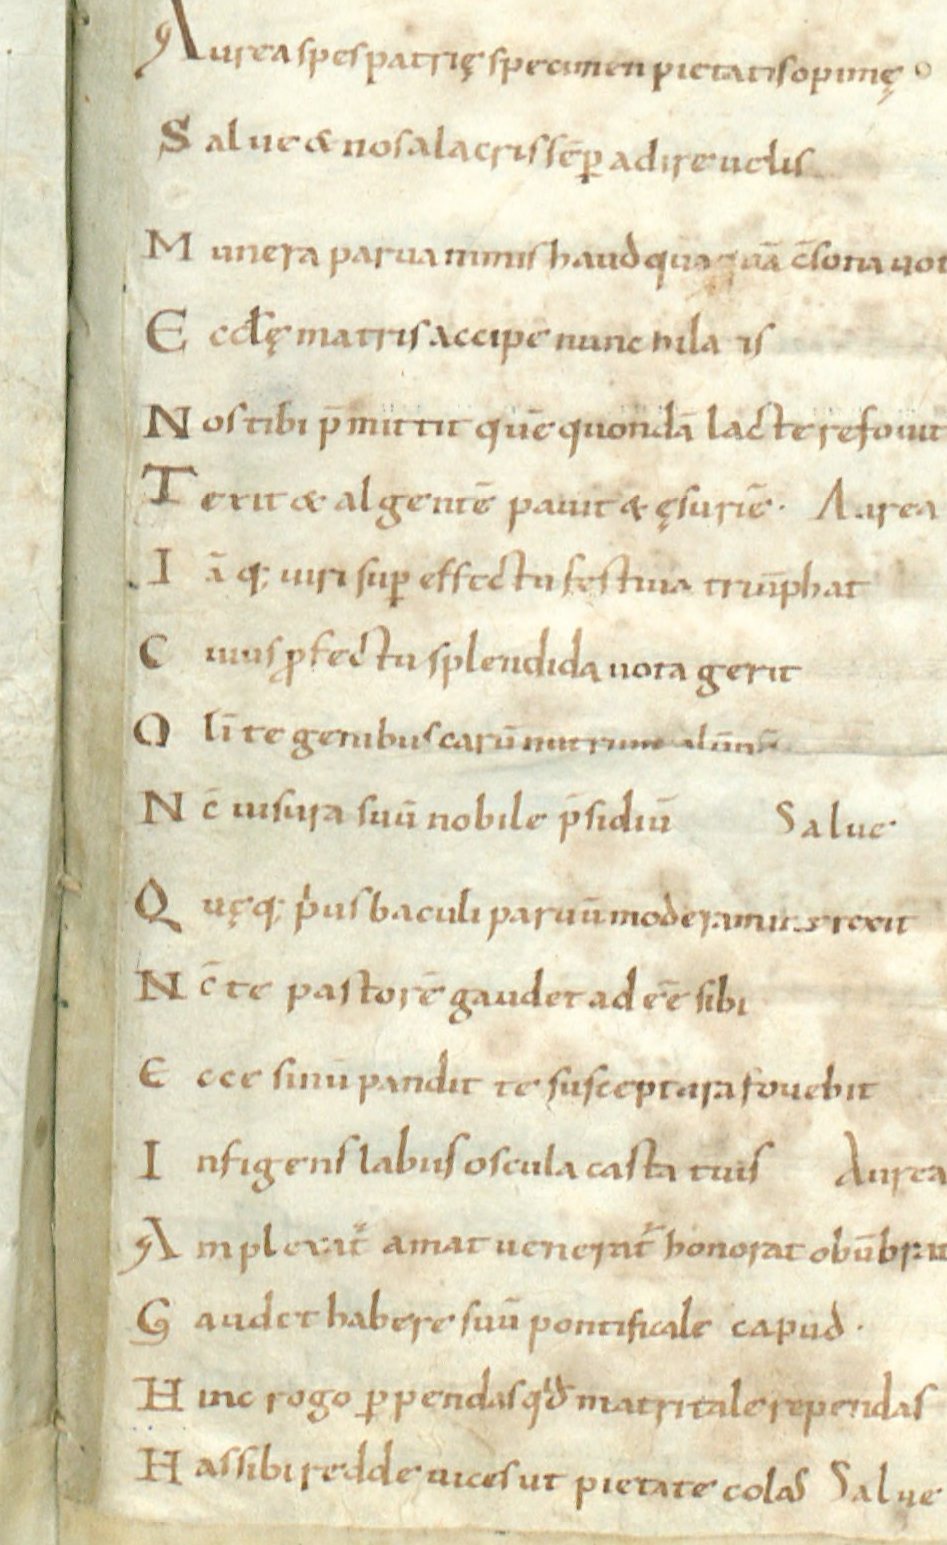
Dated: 1024–1027